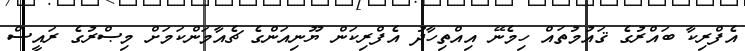
އެފްރިކާ ބައްރުގެ ޤައުމުތައް ހިމެނޭ އިއްތިހާދު އެފްރިކަން ޔޫނިއަންގެ ޗެއާމަންކަމަށް މިޞްރުގެ ރައީސް